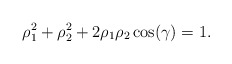
\begin{align*}\rho_1^2+ \rho_2^2+2 \rho_1 \rho_2 \cos(\gamma)=1.\end{align*}